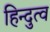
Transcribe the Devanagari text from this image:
हिन्‍दुत्‍व